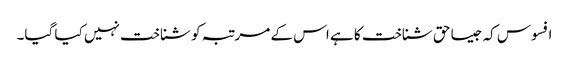
افسوس کہ جیسا حق شناخت کا ہے اس کے مرتبہ کو شناخت نہیں کیا گیا۔